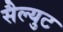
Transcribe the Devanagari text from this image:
सैल्युट